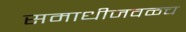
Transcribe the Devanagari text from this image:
समाधीजवळच